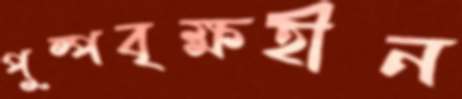
পুষ্পবৃক্ষহীন